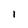
Character: I